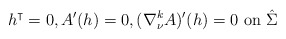
\begin{align*}h^\intercal=0, A'(h)=0, (\nabla^k_\nu A)'(h)=0 \mbox{ on } \hat \Sigma\end{align*}